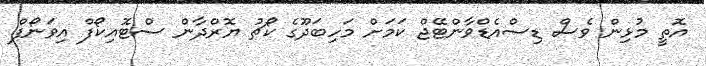
އޮތީ މުޅިން ވެސް ޑިސްއެޑްވާންޓޭޖް ކަމަށް މަހިބަދޫގެ ކޯޗު ޔޮރްދާން ސްޓޮއިކޯފް އިވަނޯފް